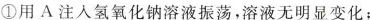
①用A注入氢氧化钠溶液振荡，溶液无明显变化；